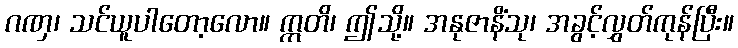
ဂဏှ၊ သင်ယူပါတော့လော။ ဣတိ၊ ဤသို့။ အနုဇာနိံသု၊ အခွင့်လွှတ်ကုန်ပြီး။